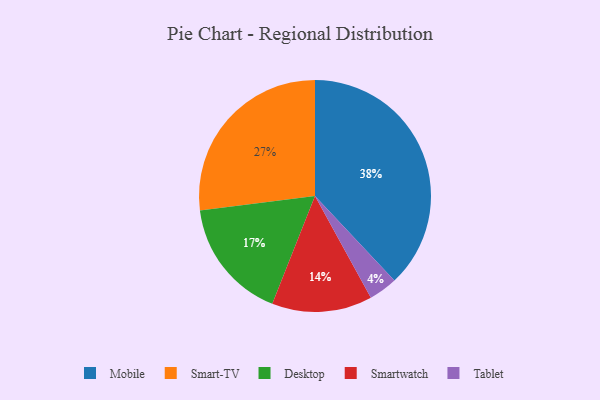
{"axis": {"x": "Category", "y": "Percentage"}, "legend": ["Desktop", "Mobile", "Smart-TV", "Smartwatch", "Tablet"], "data": [{"x": "Smart-TV", "y": 27, "type": "Smart-TV"}, {"x": "Smartwatch", "y": 14, "type": "Smartwatch"}, {"x": "Mobile", "y": 38, "type": "Mobile"}, {"x": "Desktop", "y": 17, "type": "Desktop"}, {"x": "Tablet", "y": 4, "type": "Tablet"}]}